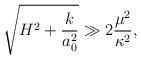
LaTeX: \begin{align*}\sqrt{H^2 + \frac{k}{a_0^2}} \gg 2 \frac{\mu^2}{\kappa^2},\end{align*}